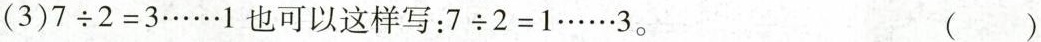
(3)$$7 ÷ 2 = 3 …… 1$$也可以这样写：$$7 ÷ 2 = 1 …… 3$$。 ()